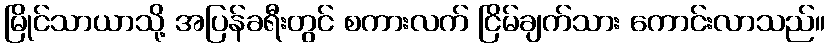
မြိုင်သာယာသို့ အပြန်ခရီးတွင် စကားလက် ငြိမ်ချက်သား ကောင်းလာသည်။